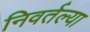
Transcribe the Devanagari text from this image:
निवर्तल्या